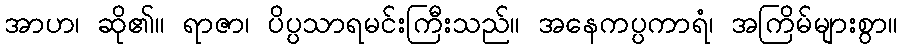
အာဟ၊ ဆို၏။ ရာဇာ၊ ပိပ္ပသာရမင်းကြီးသည်။ အနေကပ္ပကာရံ၊ အကြိမ်များစွာ။